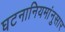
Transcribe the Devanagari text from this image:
घटनानियमांनुसार